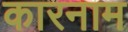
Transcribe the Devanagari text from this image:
कारनाम